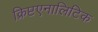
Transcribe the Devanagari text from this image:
क्रिप्टएनालिटिक